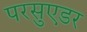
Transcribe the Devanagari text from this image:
परसुएडर